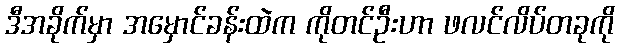
ဒီအခိုက်မှာ အမှောင်ခန်းထဲက ကိုတင်ဦးဟာ ဖလင်လိပ်တခုကို